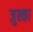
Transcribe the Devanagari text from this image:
जुक्का